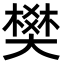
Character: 樊